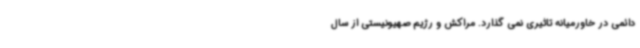
دائمی در خاورمیانه تاثیری نمی گذارد. مراکش و رژیم صهیونیستی از سال